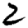
Digit: 2